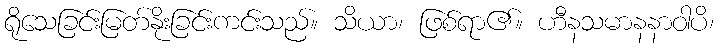
ရိုသေခြင်းမြတ်နိုးခြင်းကင်းသည်။ သိယာ၊ ဖြစ်ရာ၏။ ဟီနသမာနနာဝါပိ၊